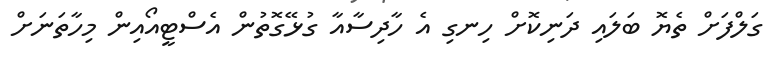
ގަލްފަށް ތެޔޮ ބަލައި ދަނިކޮށް ހިނގި އެ ހާދިސާއާ ގުޅޭގޮތުން އެސްޓީއޯއިން މިހާތަނަށް